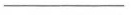
___